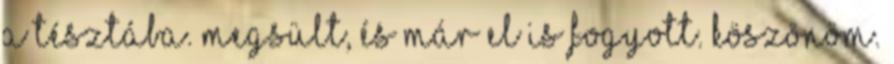
a tésztába. Megsült, és már el is fogyott. Köszönöm.